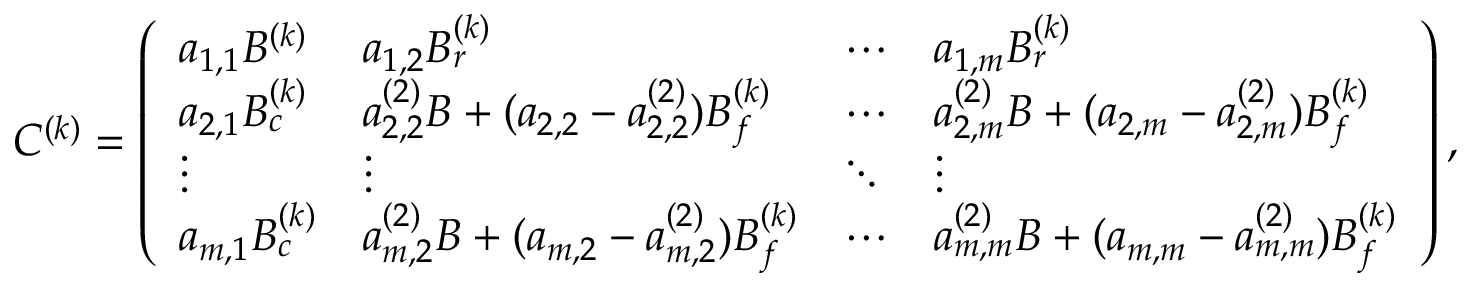
C ^ { ( k ) } = \left( \begin{array} { l l l l } { a _ { 1 , 1 } B ^ { ( k ) } } & { a _ { 1 , 2 } B _ { r } ^ { ( k ) } } & { \cdots } & { a _ { 1 , m } B _ { r } ^ { ( k ) } } \\ { a _ { 2 , 1 } B _ { c } ^ { ( k ) } } & { a _ { 2 , 2 } ^ { ( 2 ) } B + ( a _ { 2 , 2 } - a _ { 2 , 2 } ^ { ( 2 ) } ) B _ { f } ^ { ( k ) } } & { \cdots } & { a _ { 2 , m } ^ { ( 2 ) } B + ( a _ { 2 , m } - a _ { 2 , m } ^ { ( 2 ) } ) B _ { f } ^ { ( k ) } } \\ { \vdots } & { \vdots } & { \ddots } & { \vdots } \\ { a _ { m , 1 } B _ { c } ^ { ( k ) } } & { a _ { m , 2 } ^ { ( 2 ) } B + ( a _ { m , 2 } - a _ { m , 2 } ^ { ( 2 ) } ) B _ { f } ^ { ( k ) } } & { \cdots } & { a _ { m , m } ^ { ( 2 ) } B + ( a _ { m , m } - a _ { m , m } ^ { ( 2 ) } ) B _ { f } ^ { ( k ) } } \end{array} \right) ,